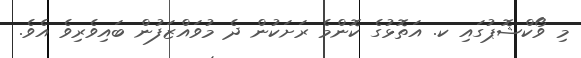
މި ވޯކްޝޮޕުގައި ކ. އަތޮޅުގެ ކޮންމެ ރަށަކުން ދެ މުވައްޒަފުން ބައިވެރިވެ އެވެ.